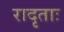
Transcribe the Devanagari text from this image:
रादृताः